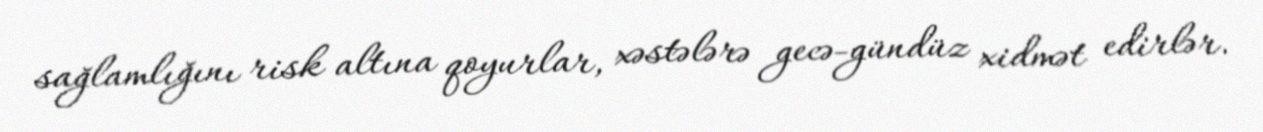
sağlamlığını risk altına qoyurlar, xəstələrə gecə-gündüz xidmət edirlər.